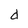
Character: d